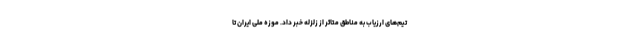
تیم‌های ارزیاب به مناطق متاثر از زلزله خبر داد. موزه ملی ایران تا